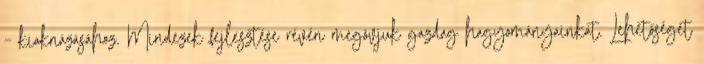
– kiaknázásához. Mindezek fejlesztése révén megóvjuk gazdag hagyományainkat. Lehetőséget